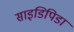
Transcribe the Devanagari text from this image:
साइडिपिडा